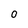
Character: O